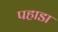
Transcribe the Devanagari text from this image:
पहाडा